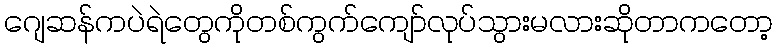
ဂျေဆန်ကပဲရဲတွေကိုတစ်ကွက်ကျော်လုပ်သွားမလားဆိုတာကတော့